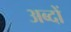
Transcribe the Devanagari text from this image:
अब्दों